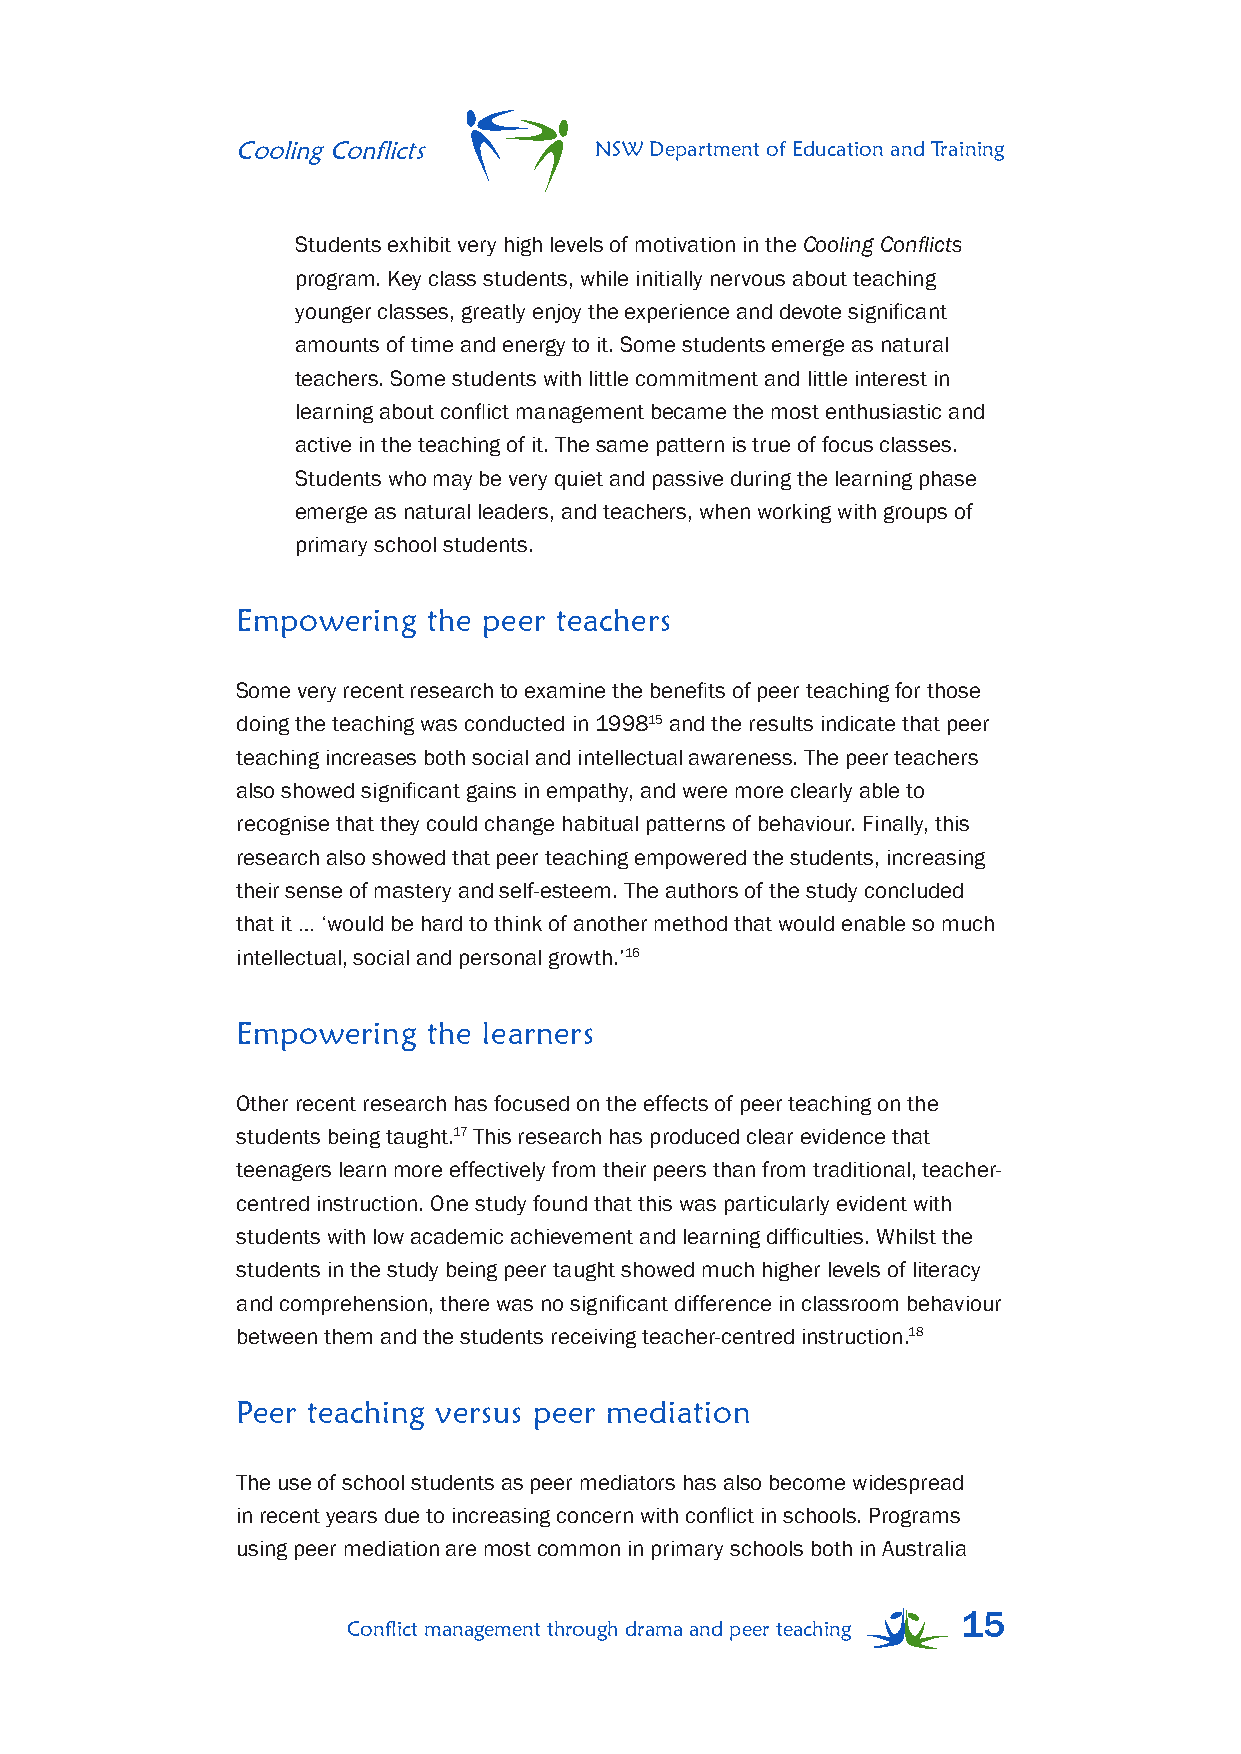
Cooling Conflicts      NSW Department of Education and Training
 Students exhibit very high levels of motivation in the Cooling Conflicts
 program. Key class students, while initially nervous about teaching
 younger classes, greatly enjoy the experience and devote significant
 amounts of time and energy to it. Some students emerge as natural
 teachers. Some students with little commitment and little interest in
 learning about conflict management became the most enthusiastic and
 active in the teaching of it. The same pattern is true of focus classes.
 Students who may be very quiet and passive during the learning phase
 emerge as natural leaders, and teachers, when working with groups of
 primary school students.
 Empowering  the peer teachers
 Some very recent research to examine the benefits of peer teaching for those
 doing the teaching was conducted in 199815 and the results indicate that peer
 teaching increases both social and intellectual awareness. The peer teachers
 also showed significant gains in empathy, and were more clearly able to
 recognise that they could change habitual patterns of behaviour. Finally, this
 research also showed that peer teaching empowered the students, increasing
 their sense of mastery and self-esteem. The authors of the study concluded
 that it … ‘would be hard to think of another method that would enable so much
 intellectual, social and personal growth.’16
 Empowering  the learners
 Other recent research has focused on the effects of peer teaching on the
 students being taught.17 This research has produced clear evidence that
 teenagers learn more effectively from their peers than from traditional, teacher-
 centred instruction. One study found that this was particularly evident with
 students with low academic achievement and learning difficulties. Whilst the
 students in the study being peer taught showed much higher levels of literacy
 and comprehension, there was no significant difference in classroom behaviour
 between them and the students receiving teacher-centred instruction.18
 Peer teaching versus peer mediation
 The use of school students as peer mediators has also become widespread
 in recent years due to increasing concern with conflict in schools. Programs
 using peer mediation are most common in primary schools both in Australia
 15
 Conflict management through drama and peer teaching